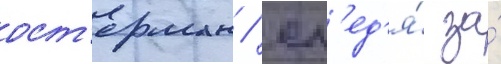
ост'ерман / сл'ед'я́ за́